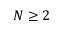
N \geq 2